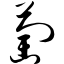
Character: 萄